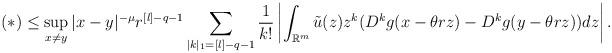
LaTeX: \begin{align*}(*)\leq \sup_{x\neq y}|x-y|^{-\mu}r^{[l]-q-1}\sum_{|k|_1=[l]-q-1}\frac{1}{k!}\left|\int_{\mathbb{R}^m}\tilde{u}(z)z^k (D^kg(x-\theta rz)-D^kg(y-\theta rz))dz\right|.\end{align*}